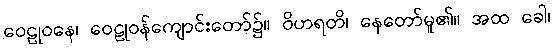
ဝေဠုဝနေ၊ ဝေဠုဝန်ကျောင်းတော်၌။ ဝိဟရတိ၊ နေတော်မူ၏။ အထ ခေါ၊